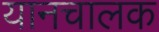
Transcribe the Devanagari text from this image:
यानचालक